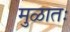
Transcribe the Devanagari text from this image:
मुळातः